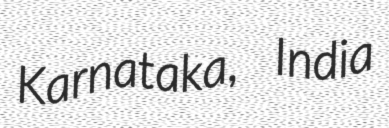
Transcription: Karnataka, India